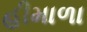
હીમાળા